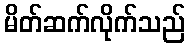
မိတ်ဆက်လိုက်သည်